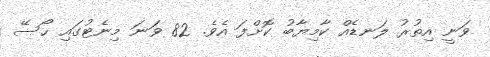
ވަނީ އިތުރު ލަނޑެއް ކާމިޔާބު ކޮށްފަ އެވެ. 82 ވަނަ މިނެޓުގައި ހޯސޭ